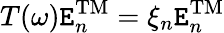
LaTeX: T(\omega)\mathtt{E}_{n}^{\mathrm{{TM}}}=\xi_{n}\mathtt{E}_{n}^{\mathrm{{TM}}}